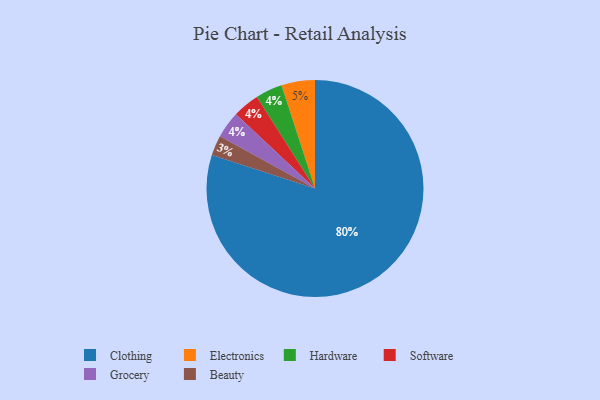
{"axis": {"x": "Category", "y": "Percentage"}, "legend": ["Beauty", "Clothing", "Electronics", "Grocery", "Hardware", "Software"], "data": [{"x": "Beauty", "y": 3, "type": "Beauty"}, {"x": "Hardware", "y": 4, "type": "Hardware"}, {"x": "Software", "y": 4, "type": "Software"}, {"x": "Grocery", "y": 4, "type": "Grocery"}, {"x": "Electronics", "y": 5, "type": "Electronics"}, {"x": "Clothing", "y": 80, "type": "Clothing"}]}